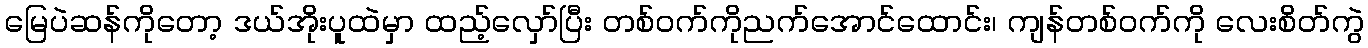
မြေပဲဆန်ကိုတော့ ဒယ်အိုးပူထဲမှာ ထည့်လှော်ပြီး တစ်ဝက်ကိုညက်အောင်ထောင်း၊ ကျန်တစ်ဝက်ကို လေးစိတ်ကွဲ